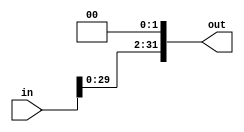
module shl2(in, out);
  input [31:0] in;
  output [31:0] out;
  assign out = in << 2;
endmodule